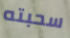
سحبته